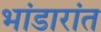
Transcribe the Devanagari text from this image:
भांडारांत